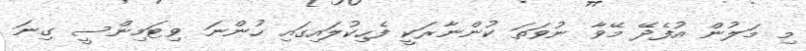
މި މަލުން އުފެދޭ މޭވާ ނުވަތަ ކުންނާރަކީ ފެހިކުލައިގައި ހުންނަ ވިޓަމިންސީ ގިނަ